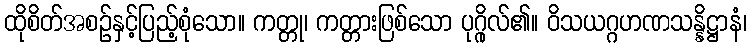
ထိုစိတ်အစဉ်နှင့်ပြည့်စုံသော။ ကတ္တု၊ ကတ္တားဖြစ်သော ပုဂ္ဂိုလ်၏။ ဝိသယဂ္ဂဟဏသန္နိဋ္ဌာနံ၊